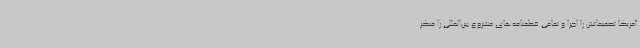
آمریکا تصمیماتش را اجرا و تمامی قطعنامه‌های مشروع بین‌المللی را منکر